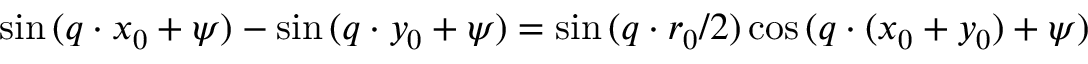
\sin { ( \boldsymbol { q } \cdot \boldsymbol { x } _ { 0 } + \psi ) } - \sin { ( \boldsymbol { q } \cdot \boldsymbol { y } _ { 0 } + \psi ) } = \sin { ( \boldsymbol { q } \cdot \boldsymbol { r } _ { 0 } / 2 ) } \cos { ( \boldsymbol { q } \cdot ( \boldsymbol { x } _ { 0 } + \boldsymbol { y } _ { 0 } ) + \psi ) }